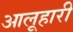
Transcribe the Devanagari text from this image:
आलूहारी